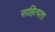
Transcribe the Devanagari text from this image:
साहित्यता